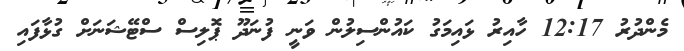
މެންދުރު 12:17 ހާއިރު ޅައިމަގު ކައުންސިލުން ވަނީ ފުނަދޫ ޕޮލިސް ސްޓޭޝަނަށް ގުޅާފައި